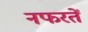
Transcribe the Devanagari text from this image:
नफरतें